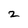
Character: 2